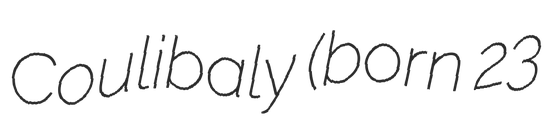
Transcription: Coulibaly (born 23